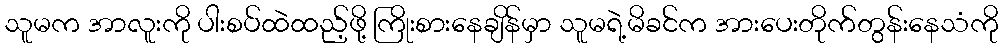
သူမက အာလူးကို ပါးစပ်ထဲထည့်ဖို့ ကြိုးစားနေချိန်မှာ သူမရဲ့မိခင်က အားပေးတိုက်တွန်းနေသံကို